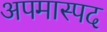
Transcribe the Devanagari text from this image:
अपमास्पद